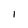
Character: I